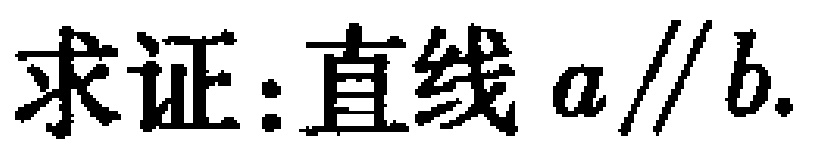
求证：直线 \(a \parallel b\).